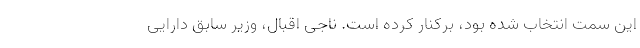
این سمت انتخاب شده بود، برکنار کرده است. ناجی اقبال، وزیر سابق دارایی